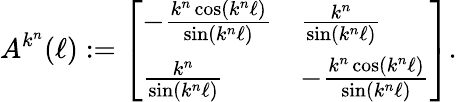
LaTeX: A^{k^{n}}(\ell):=\left[\begin{array}{ll}{-\frac{k^{n}\cos(k^{n}\ell)}{\sin(k^{n}\ell)}}&{\frac{k^{n}}{\sin(k^{n}\ell)}}\\ {\frac{k^{n}}{\sin(k^{n}\ell)}}&{-\frac{k^{n}\cos(k^{n}\ell)}{\sin(k^{n}\ell)}}\end{array}\right].